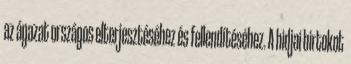
az ágazat országos elterjesztéséhez és fellendítéséhez. A hidjai birtokot